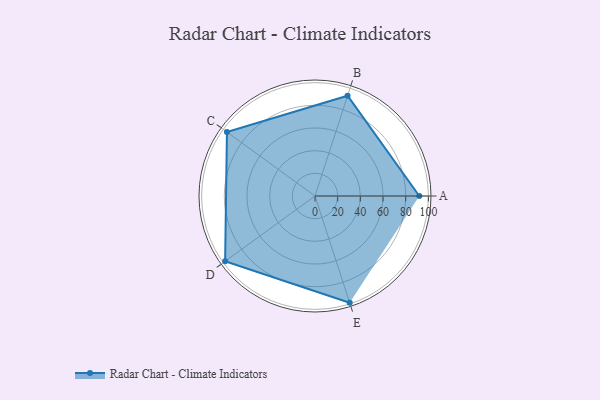
{"axis": {"x": "Skill", "y": "Score"}, "legend": ["Profile"], "data": [{"x": "A", "y": 92.0, "type": "Profile"}, {"x": "B", "y": 93.0, "type": "Profile"}, {"x": "C", "y": 96.0, "type": "Profile"}, {"x": "D", "y": 98.0, "type": "Profile"}, {"x": "E", "y": 99, "type": "Profile"}]}